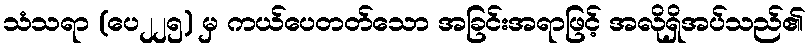
သံသရာ (ပေ၂၂၅) မှ ကယ်ပေတတ်သော အခြင်းအရာဖြင့် အလိုရှိအပ်သည်၏